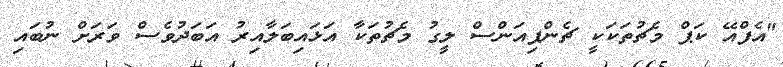
"އެފްއޭ ކަޕް މެޗުތަކަކީ ޗެންޕިއަންސް ލީގު މެޗުތަކާ އަޅައިބަލާއިރު އަބަދުވެސް ވަރަށް ނުބައި